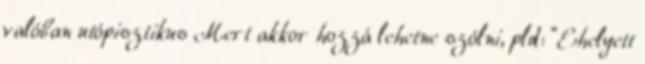
valóban utópisztikus Mert akkor hozzá lehetne szólni, pld: “Ehelyett